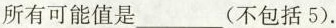
所有可能值是___(不包括5).